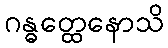
ဂန္ဓတ္ထေနောသိ